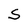
Character: S